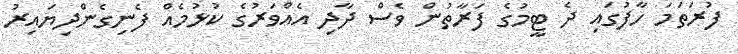
ފުރަތަމަ ހާފުގައި ދެ ޓީމުގެ ފަރާތުން ވެސް ދާދި އެއްވަރުގެ ކުޅުމެއް ފެނިގެންދިޔައިރު